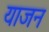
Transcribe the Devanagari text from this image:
याजन